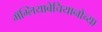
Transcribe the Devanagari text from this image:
मॅग्लियाबेचियानोच्या